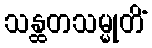
သန္ထတသမ္မုတိံ